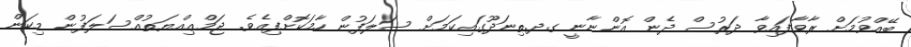
ބޭއްވުމަށް ރާވާފައިވާ ދަރުސް ދެން އޮންނާނީ ގދ.ތިނަދޫގައިކަމަށް ސަލަފުން ހާމަކޮށްފިއެވެ. ޖަމްޢިއްޔަތުއްސަލަފުން މިކަން